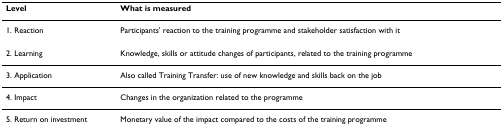
<table><thead><tr><td><b>Level</b></td><td><b>What is measured</b></td></tr></thead><tbody><tr><td>1. Reaction</td><td>Participants&#x27; reaction to the training programme and stakeholder satisfaction with it</td></tr><tr><td>2. Learning</td><td>Knowledge, skills or attitude changes of participants, related to the training programme</td></tr><tr><td>3. Application</td><td>Also called Training Transfer: use of new knowledge and skills back on the job</td></tr><tr><td>4. Impact</td><td>Changes in the organization related to the programme</td></tr><tr><td>5. Return on investment</td><td>Monetary value of the impact compared to the costs of the training programme</td></tr></tbody></table>